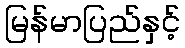
မြန်မာပြည်နှင့်